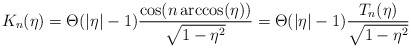
\begin{align*}K_{n}(\eta )=\Theta (|\eta |-1)\frac{\cos (n\arccos (\eta ))}{\sqrt{1-\eta^{2}}}=\Theta (|\eta |-1)\frac{T_{n}(\eta )}{\sqrt{1-\eta ^{2}}}\end{align*}